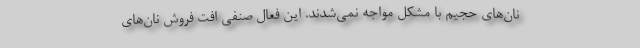
نان‌های حجیم با مشکل مواجه نمی‌شدند. این فعال صنفی افت فروش نان‌های